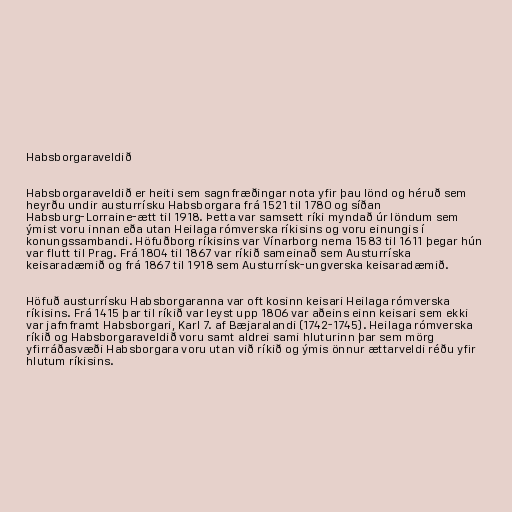
Habsborgaraveldið

Habsborgaraveldið er heiti sem sagnfræðingar nota yfir þau lönd og héruð sem
heyrðu undir austurrísku Habsborgara frá 1521 til 1780 og síðan
Habsburg-Lorraine-ætt til 1918. Þetta var samsett ríki myndað úr löndum sem
ýmist voru innan eða utan Heilaga rómverska ríkisins og voru einungis í
konungssambandi. Höfuðborg ríkisins var Vínarborg nema 1583 til 1611 þegar hún
var flutt til Prag. Frá 1804 til 1867 var ríkið sameinað sem Austurríska
keisaradæmið og frá 1867 til 1918 sem Austurrísk-ungverska keisaradæmið.

Höfuð austurrísku Habsborgaranna var oft kosinn keisari Heilaga rómverska
ríkisins. Frá 1415 þar til ríkið var leyst upp 1806 var aðeins einn keisari sem ekki
var jafnframt Habsborgari, Karl 7. af Bæjaralandi (1742-1745). Heilaga rómverska
ríkið og Habsborgaraveldið voru samt aldrei sami hluturinn þar sem mörg
yfirráðasvæði Habsborgara voru utan við ríkið og ýmis önnur ættarveldi réðu yfir
hlutum ríkisins.